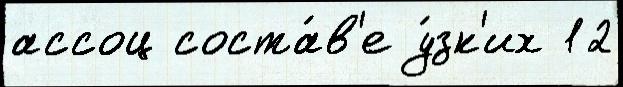
ассоц соста́в'е у́зк'их 12